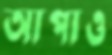
আপাও